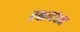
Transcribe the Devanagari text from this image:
रक्षावंधन